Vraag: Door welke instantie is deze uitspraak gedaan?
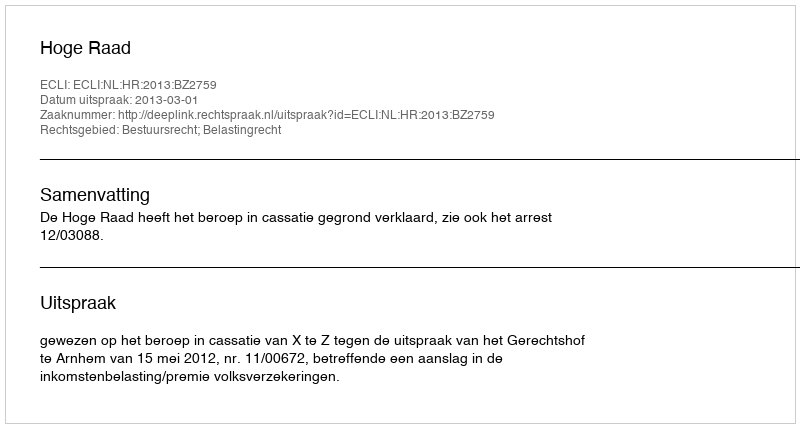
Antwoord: Hoge Raad